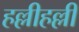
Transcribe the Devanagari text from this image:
हल्लीहल्ली